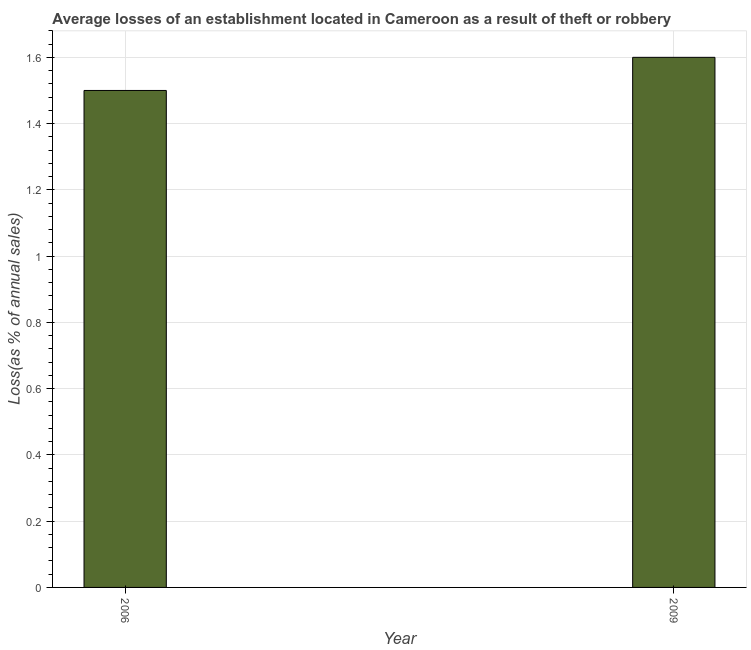
| Year | Losses due to theft |
 | --- | --- |
 | 2006 | 1.5 |
 | 2009 | 1.6 |